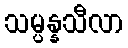
သမ္ပန္နသီလာ